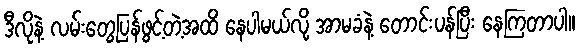
ဒီလိုနဲ့ လမ်းတွေပြန်ဖွင့်တဲ့အထိ နေပါမယ်လို့ အာမခံနဲ့ တောင်းပန်ပြီး နေကြတာပါ။